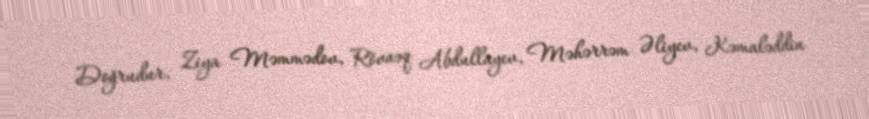
Doğrudur, Ziya Məmmədov, Rövnəq Abdullayev, Məhərrəm Əliyev, Kəmaləddin